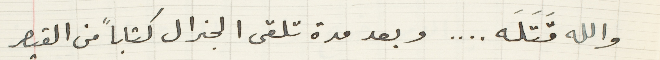
والله قَنتَلَه.... وبعد مدة تلقى الجنرال كتاباً من القيصر